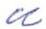
u